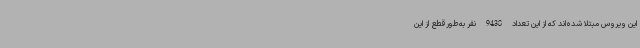
این ویروس مبتلا شده‌اند که از این تعداد 9438 نفر به‌طورقطع از این